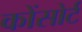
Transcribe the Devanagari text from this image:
कोंसोर्ट